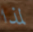
لمذا